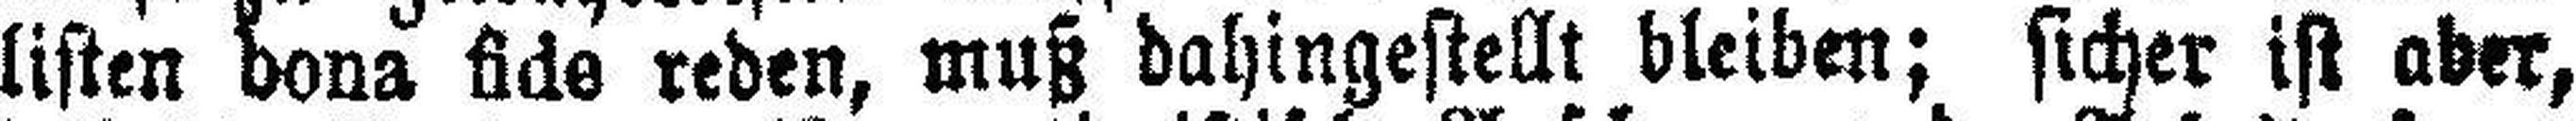
listen bona fide reden, muß dahingestellt bleiben; sicher ist aber,